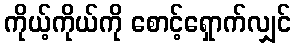
ကိုယ့်ကိုယ်ကို စောင့်ရှောက်လျှင်